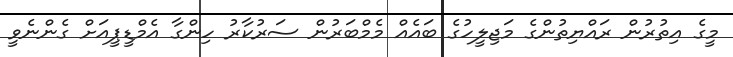
މީގެ އިތުރުން ރައްޔިތުންގެ މަޖިލީހުގެ ބައެއް މެމްބަރުން ސަރުކާރު ހިންގާ އެމްޑީޕީއަށް ގެންނެވީ